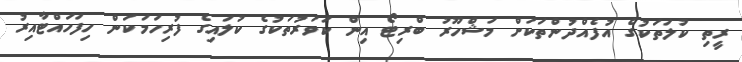
ރީތި ކުލަތަކުގެ އުފެއްދުންތަކަށް މަޝްހޫރު ބްރިޓޯ އިން ކަވަރުތަކުގެ ކުލައިގެ ފުރިހަމަކަން ހިފަހައްޓާއިރު